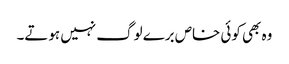
وہ بھی کوئی خاص برے لوگ نہیں ہوتے۔